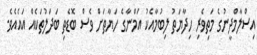
އިސްލާމްދީނުގެ މަތިވެރި ހިދާޔަތު ލިބުމާއެކު އަމްނާގެ ހަޔާތަށް ވެސް ބޮޑެތި ބަދަލުތަކެއް އައެއެވެ.